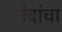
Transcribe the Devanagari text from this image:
नंदांचा